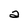
Character: a